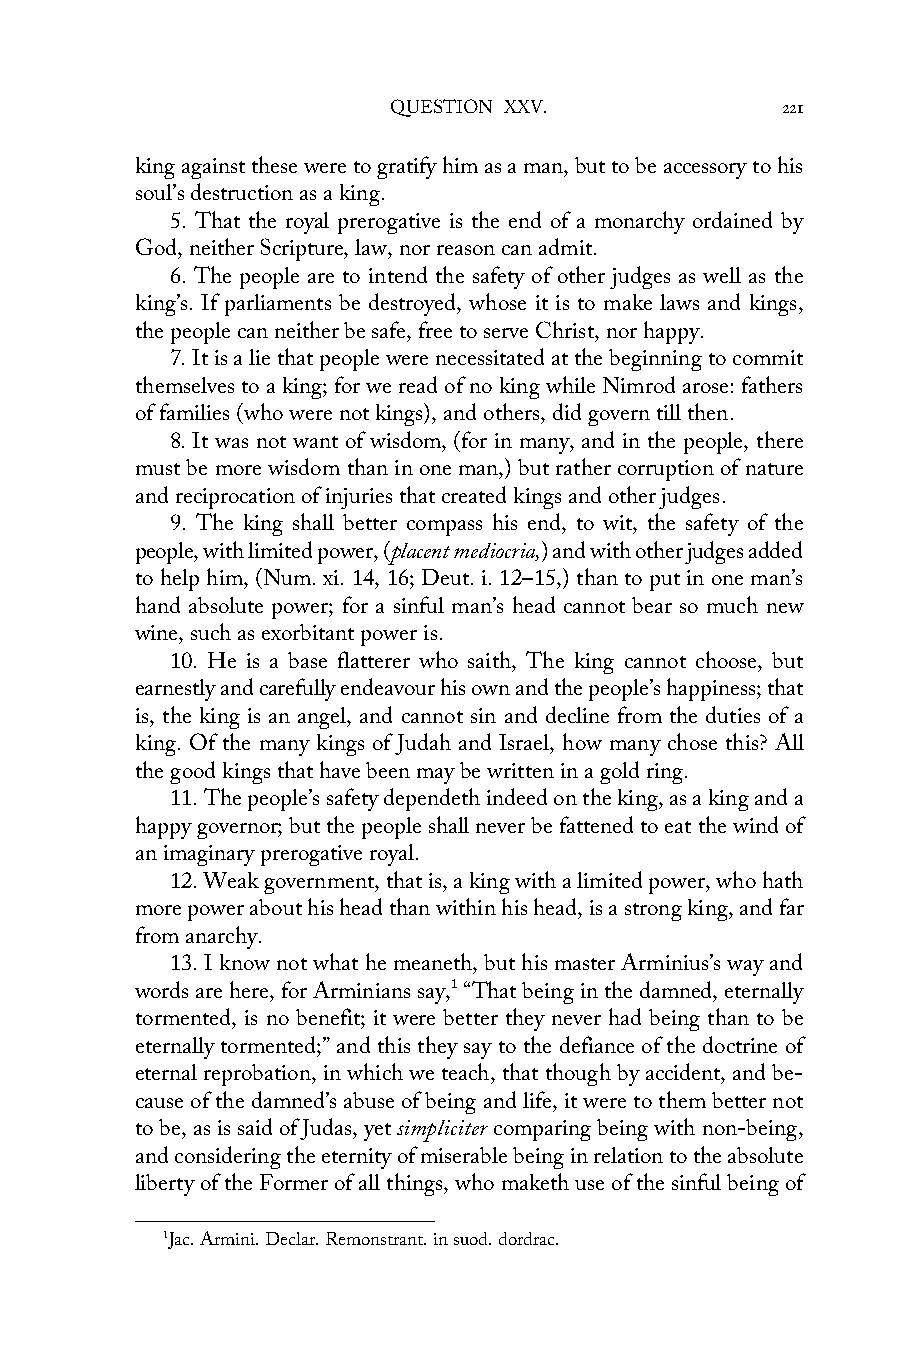
QUESTION XXV.             221
 king against these were to gratify him as a man, but to be accessory to his
 soul’s destruction as a king.
 5. That the royal prerogative is the end of a monarchy ordained by
 God, neither Scripture, law, nor reason can admit.
 6. The people are to intend the safety of other judges as well as the
 king’s. If parliaments be destroyed, whose it is to make laws and kings,
 the people can neither be safe, free to serve Christ, nor happy.
 7. It is a lie that people were necessitated at the beginning to commit
 themselves to a king; for we read of no king while Nimrod arose: fathers
 of families (who were not kings), and others, did govern till then.
 8. It was not want of wisdom, (for in many, and in the people, there
 must be more wisdom than in one man,) but rather corruption of nature
 and reciprocation of injuries that created kings and other judges.
 9. The king shall better compass his end, to wit, the safety of the
 people, with limited power, (placent mediocria,) and with other judges added
 to help him, (Num. xi. 14, 16; Deut. i. 12–15,) than to put in one man’s
 hand absolute power; for a sinful man’s head cannot bear so much new
 wine, such as exorbitant power is.
 10. He is a base flatterer who saith, The king cannot choose, but
 earnestly and carefully endeavour his own and the people’s happiness; that
 is, the king is an angel, and cannot sin and decline from the duties of a
 king. Of the many kings of Judah and Israel, how many chose this? All
 the good kings that have been may be written in a gold ring.
 11. The people’s safety dependeth indeed on the king, as a king and a
 happy governor; but the people shall never be fattened to eat the wind of
 an imaginary prerogative royal.
 12. Weak government, that is, a king with a limited power, who hath
 more power about his head than within his head, is a strong king, and far
 from anarchy.
 13. I know not what he meaneth, but his master Arminius’s way and
 words are here, for Arminians say,1 “That being in the damned, eternally
 tormented, is no benefit; it were better they never had being than to be
 eternally tormented;” and this they say to the defiance of the doctrine of
 eternal reprobation, in which we teach, that though by accident, and be-
 cause of the damned’s abuse of being and life, it were to them better not
 to be, as is said of Judas, yet simpliciter comparing being with non-being,
 and considering the eternity of miserable being in relation to the absolute
 liberty of the Former of all things, who maketh use of the sinful being of
 1Jac. Armini. Declar. Remonstrant. in suod. dordrac.